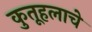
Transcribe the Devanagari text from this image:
कुतूहलाचे